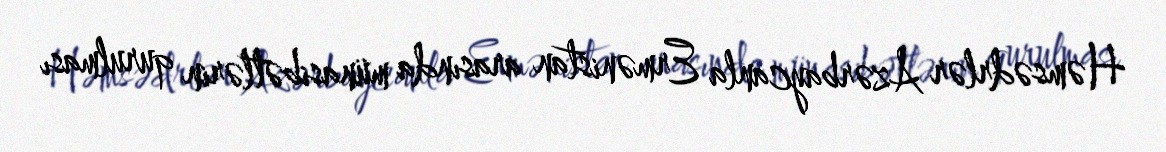
Həmsədrlər Azərbaycanla Ermənistan arasında münasibətlərin qurulması